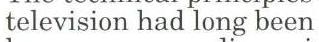
television had long been